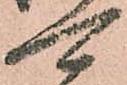
可